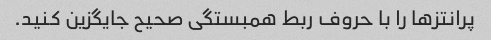
پرانتزها را با حروف ربط همبستگی صحیح جایگزین کنید.